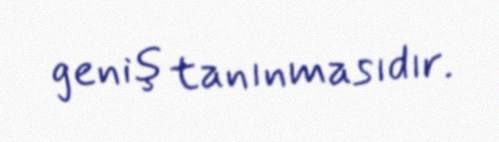
geniş tanınmasıdır.